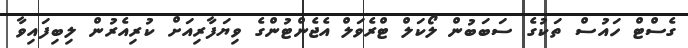
ގެސްޓް ހައުސް ތަކުގެ ސަބަބުން ލޯކަލް ޓްރެވަލް އެޖެންޓުންގެ ވިޔަފާރިއަށް ކުރިއެރުން ލިބިފައިވާ